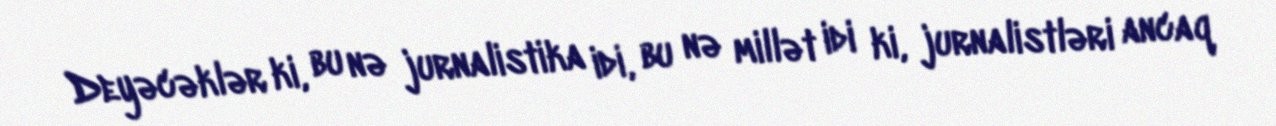
Deyəcəklər ki, bu nə jurnalistika idi, bu nə millət idi ki, jurnalistləri ancaq